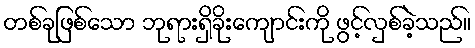
တစ်ခုဖြစ်သော ဘုရားရှိခိုးကျောင်းကို ဖွင့်လှစ်ခဲ့သည်။